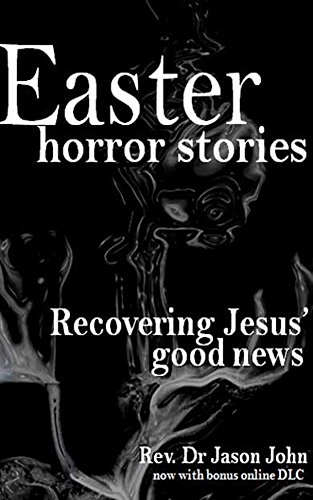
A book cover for Easter Horror Stories: Recovering Jesus' Good News; Jason John; Christian Books & Bibles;